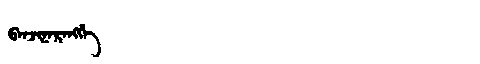
Manchu: ᠪᠠᠨᠵᡳᠨᠠᡵᠠᠩᡤᡝ
Romanization: BANJINARANGGE